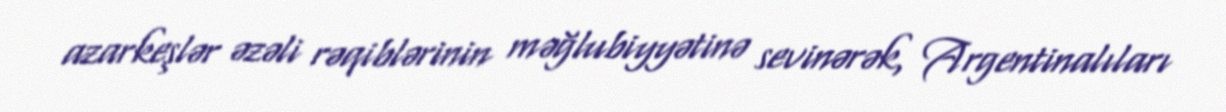
azarkeşlər əzəli rəqiblərinin məğlubiyyətinə sevinərək, Argentinalıları